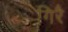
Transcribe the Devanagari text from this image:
गिरै